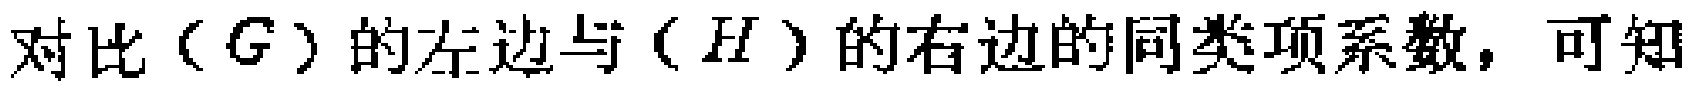
对比（\(G\)）的左边与（\(H\)）的右边的同类项系数，可知